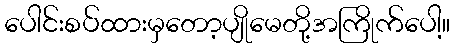
ပေါင်းစပ်ထားမှတော့ပျိုမေတို့အကြိုက်ပေါ့။